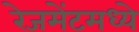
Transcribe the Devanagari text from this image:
रेजमेंटमध्ये